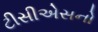
ટીસીએસનો